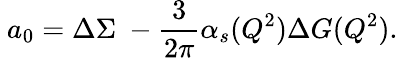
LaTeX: \ a_{0}=\Delta\Sigma\ -\frac{3}{2\pi}\alpha_{s}(Q^{2})\Delta G(Q^{2}).